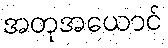
အတုအယောင်